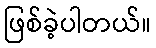
ဖြစ်ခဲ့ပါတယ်။